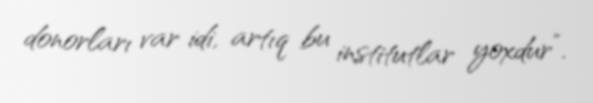
donorları var idi, artıq bu institutlar yoxdur”.